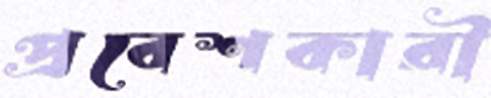
প্রবেশকারী